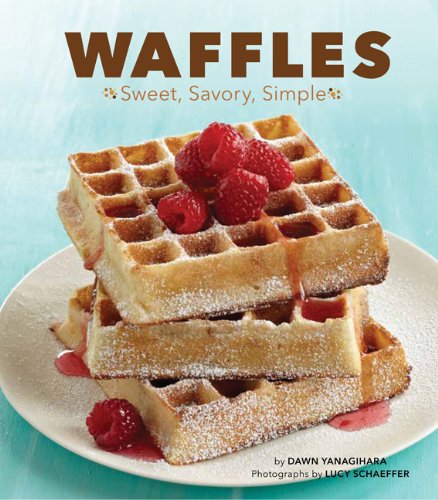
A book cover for Waffles: Sweet, Savory, Simple; Dawn Yanagihara; Cookbooks, Food & Wine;